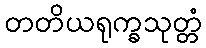
တတိယရုက္ခသုတ္တံ